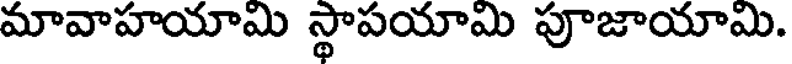
మావాహయామి స్థాపయామి పూజాయామి.